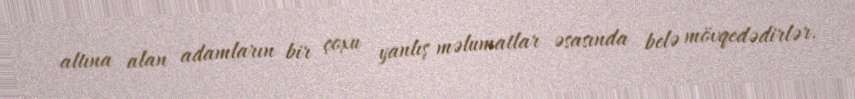
altına alan adamların bir çoxu yanlış məlumatlar əsasında belə mövqedədirlər.